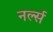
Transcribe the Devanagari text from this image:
नर्ल्स